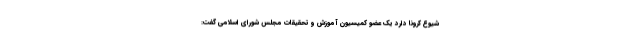
شیوع کرونا دارد یک عضو کمیسیون آموزش و تحقیقات مجلس شورای اسلامی گفت: